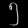
Digit: ၅